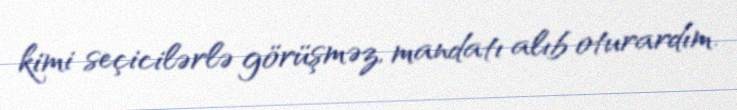
kimi seçicilərlə görüşməz, mandatı alıb oturardım.